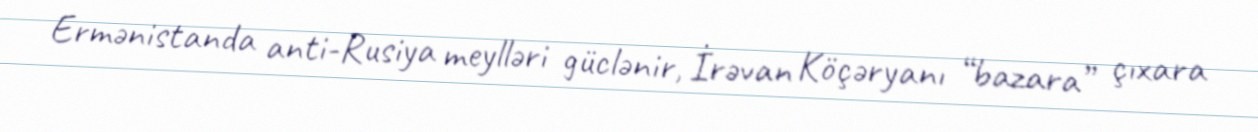
Ermənistanda anti-Rusiya meylləri güclənir, İrəvan Köçəryanı “bazara” çıxara